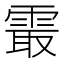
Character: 𱁝